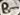
Text: B-